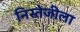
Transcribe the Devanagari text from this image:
निस्तेजीला